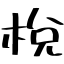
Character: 梲